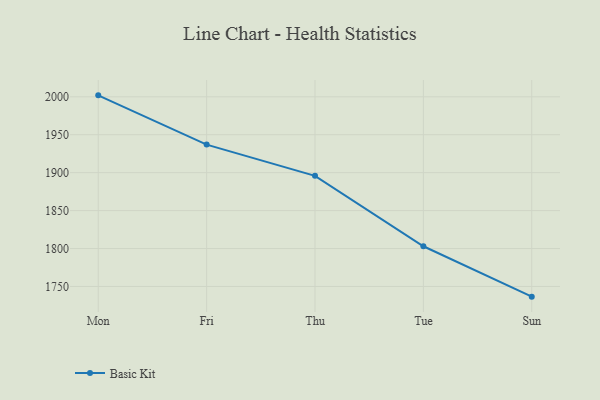
{"axis": {"x": "Day", "y": "Shipments"}, "legend": ["Basic Kit"], "data": [{"x": "Mon", "y": 2001.9, "type": "Basic Kit"}, {"x": "Fri", "y": 1937.0, "type": "Basic Kit"}, {"x": "Thu", "y": 1895.8, "type": "Basic Kit"}, {"x": "Tue", "y": 1803.0, "type": "Basic Kit"}, {"x": "Sun", "y": 1736.6, "type": "Basic Kit"}]}